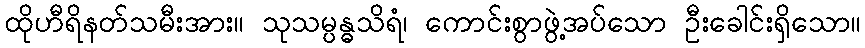
ထိုဟီရိနတ်သမီးအား။ သုသမ္ပန္ဓသိရံ၊ ကောင်းစွာဖွဲ့အပ်သော ဦးခေါင်းရှိသော။